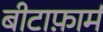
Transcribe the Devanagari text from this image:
बीटाफ़ार्म